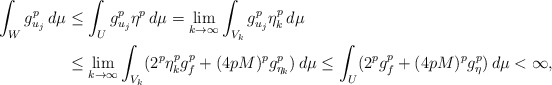
\begin{align*}\int_{W} g_{u_j}^p \,d\mu& \le \int_{U} g_{u_j}^p \eta^p \,d\mu= \lim_{k \to \infty} \int_{V_k} g_{u_j}^p \eta_k^p \,d\mu \\& \le \lim_{k \to \infty} \int_{V_k} (2^p\eta^p_k g_f^p + (4pM)^p g_{\eta_k}^p) \,d\mu\le \int_{U} (2^p g_f^p + (4pM)^p g_{\eta}^p) \,d\mu < \infty,\end{align*}